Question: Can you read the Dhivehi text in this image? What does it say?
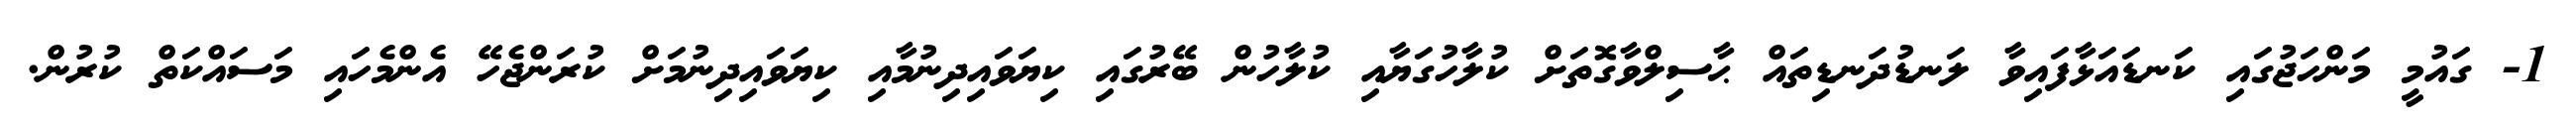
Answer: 1- ގައުމީ މަންހަޖުގައި ކަނޑައަޅާފައިވާ ލަނޑުދަނޑިތައް ޙާސިލްވާގޮތަށް ކުލާހުގަޔާއި ކުލާހުން ބޭރުގައި ކިޔަވައިދިނުމާއި ކިޔަވައިދިނުމަށް ކުރަންޖެހޭ އެންމެހައި މަސައްކަތް ކުރުން.